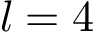
l = 4